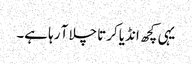
یہی کچھ انڈیا کرتا چلا آ رہا ہے۔